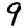
Digit: 9